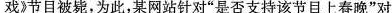
戏》节目被毙，为此，某网站针对”是否支持该节目上春晚”对